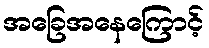
အခြေအနေကြောင့်